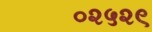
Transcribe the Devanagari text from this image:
०२५२९